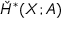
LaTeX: { \check { H } } ^ { * } ( X ; A )